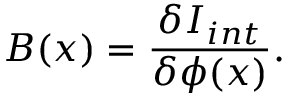
B ( x ) = \frac { \delta I _ { i n t } } { \delta \phi ( x ) } .